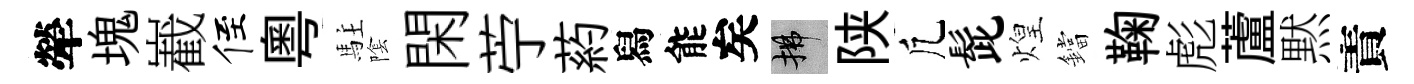
犖塊嶻侄粵駐隂閑苧葯舄能矣拂陕凢髭煌鐺鞠彪蘆黙責